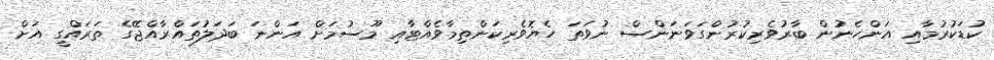
ކުޑަކުރުމާއި އަންހެނުން ބާރުވެރިކުރުންގަވަނަންސް ނުވަތަ ހެޔޮވެރިކަންތިމާވެއްޓާއި މޫސުމަށް އަންނަ ބަދަލުތައްރާއްޖޭގެ ތަރައްގީ އަށް